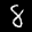
Label: 8